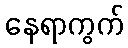
နေရာကွက်